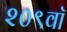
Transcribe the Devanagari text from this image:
२०९वॉ